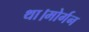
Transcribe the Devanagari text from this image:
था।मोर्गन